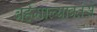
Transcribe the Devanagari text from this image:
बर्हमाल्यावतंसं